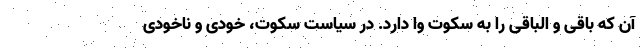
آن که باقی و الباقی را به سکوت وا دارد. در سیاست سکوت، خودی و ناخودی